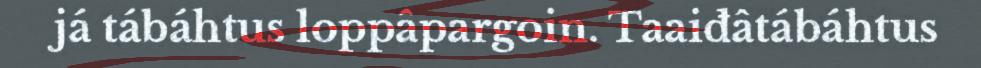
já tábáhtus loppâpargoin. Taaiđâtábáhtus